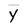
Character: y